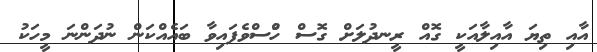
އާއި ތިޔަ އާއިލާއަކީ ގޮއް ރީނދުލަށް ގޮސް ހުްސްވެފައިވާ ބައެއްކަން ނުދަންނަ މީހަކު